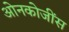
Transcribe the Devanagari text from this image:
ओनकोजींस